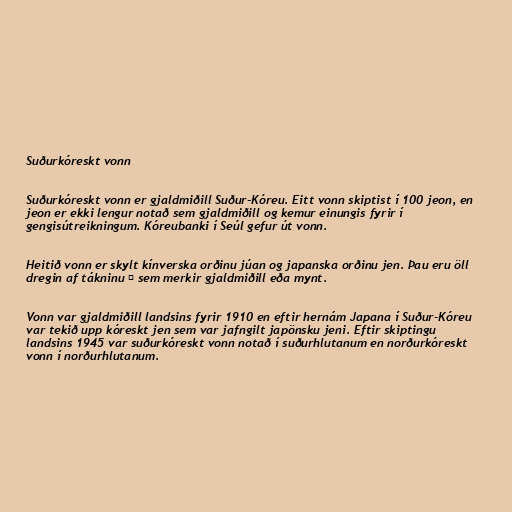
Suðurkóreskt vonn

Suðurkóreskt vonn er gjaldmiðill Suður-Kóreu. Eitt vonn skiptist í 100 jeon, en
jeon er ekki lengur notað sem gjaldmiðill og kemur einungis fyrir í
gengisútreikningum. Kóreubanki í Seúl gefur út vonn.

Heitið vonn er skylt kínverska orðinu júan og japanska orðinu jen. Þau eru öll
dregin af tákninu 圓 sem merkir gjaldmiðill eða mynt.

Vonn var gjaldmiðill landsins fyrir 1910 en eftir hernám Japana í Suður-Kóreu
var tekið upp kóreskt jen sem var jafngilt japönsku jeni. Eftir skiptingu
landsins 1945 var suðurkóreskt vonn notað í suðurhlutanum en norðurkóreskt
vonn í norðurhlutanum.